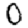
Digit: 0